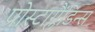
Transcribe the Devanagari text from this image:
प्रोस्टाग्लैंडिन्स